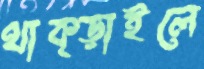
থাক্‌ড়াইলে